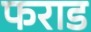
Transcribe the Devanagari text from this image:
फराड